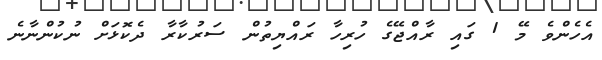
އެހެންވެ މޭ 1 ގައި ރާއްޖޭގެ ހުރިހާ ރައްޔިތުން ސަރުކާރާ ދެކޮޅަށް ނުކުންނާނެ